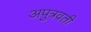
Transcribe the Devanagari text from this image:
अपुत्रवती